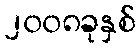
၂၀၀၈ခုနှစ်